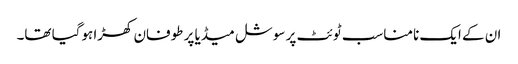
ان کے ایک نامناسب ٹوئٹ پر سوشل میڈیا پر طوفان کھڑا ہوگیا تھا۔